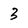
Character: 3